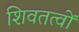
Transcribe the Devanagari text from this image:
शिवतत्वों